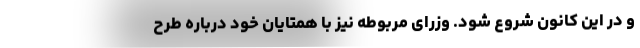
و در این کانون شروع شود. وزرای مربوطه نیز با همتایان خود درباره طرح